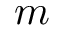
m